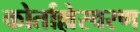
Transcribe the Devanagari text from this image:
कोर्ताल्लेस्वरण